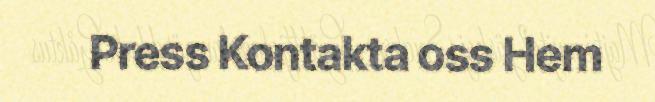
Press Kontakta oss Hem